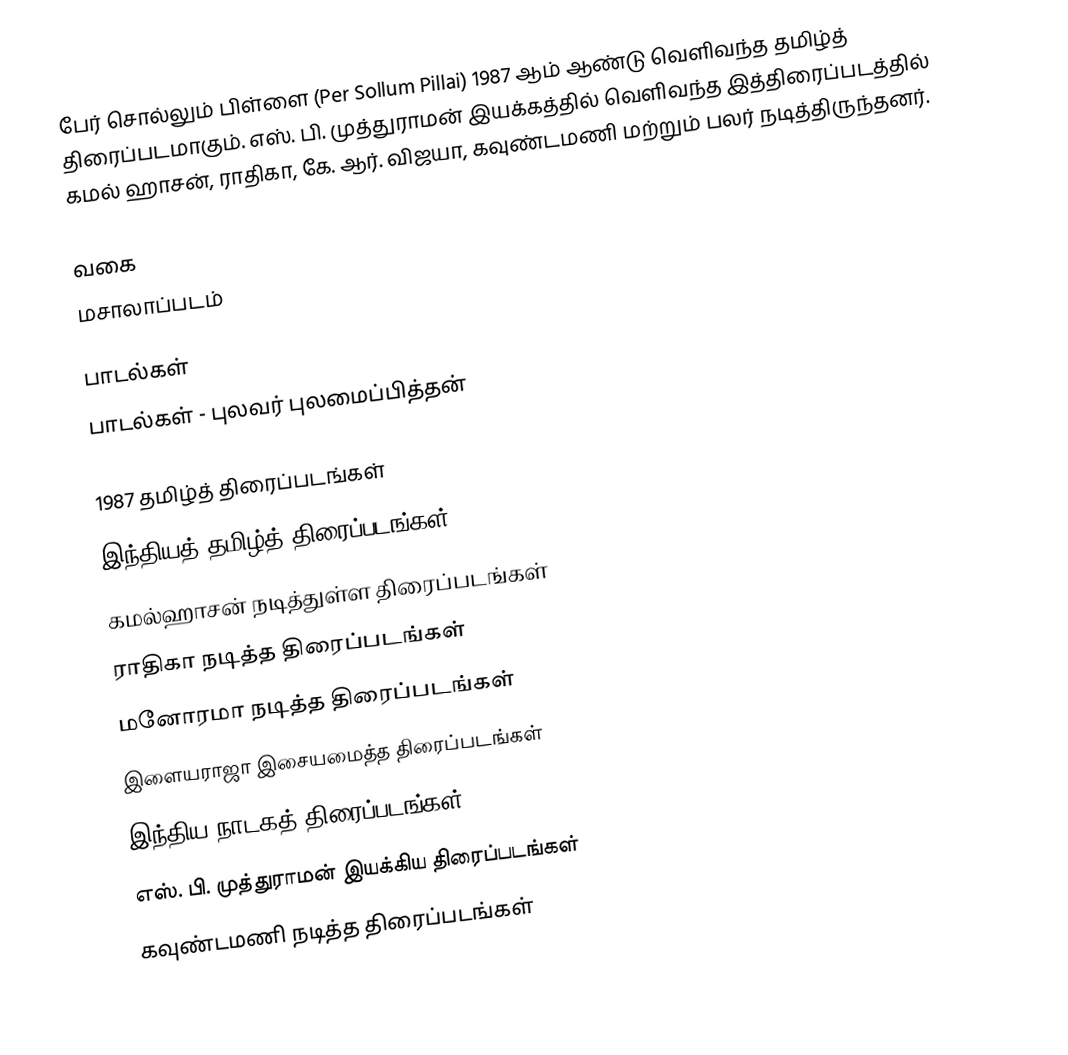
பேர் சொல்லும் பிள்ளை (Per Sollum Pillai) 1987 ஆம் ஆண்டு வெளிவந்த தமிழ்த் திரைப்படமாகும். எஸ். பி. முத்துராமன் இயக்கத்தில் வெளிவந்த இத்திரைப்படத்தில் கமல் ஹாசன், ராதிகா, கே. ஆர். விஜயா, கவுண்டமணி மற்றும் பலர் நடித்திருந்தனர்.

வகை
மசாலாப்படம்

பாடல்கள்
பாடல்கள் - புலவர் புலமைப்பித்தன்

1987 தமிழ்த் திரைப்படங்கள்
இந்தியத் தமிழ்த் திரைப்படங்கள்
கமல்ஹாசன் நடித்துள்ள திரைப்படங்கள்
ராதிகா நடித்த திரைப்படங்கள்
மனோரமா நடித்த திரைப்படங்கள்
இளையராஜா இசையமைத்த திரைப்படங்கள்
இந்திய நாடகத் திரைப்படங்கள்
எஸ். பி. முத்துராமன் இயக்கிய திரைப்படங்கள்
கவுண்டமணி நடித்த திரைப்படங்கள்